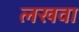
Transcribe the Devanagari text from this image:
लखवा